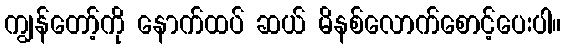
ကျွန်တော့်ကို နောက်ထပ် ဆယ် မိနစ်လောက်စောင့်ပေးပါ။